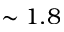
\sim 1 . 8